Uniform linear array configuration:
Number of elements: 48
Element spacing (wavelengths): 1
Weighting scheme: cosine
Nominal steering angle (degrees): -30
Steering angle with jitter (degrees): -29.765
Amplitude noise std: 0.05
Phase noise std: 0.05

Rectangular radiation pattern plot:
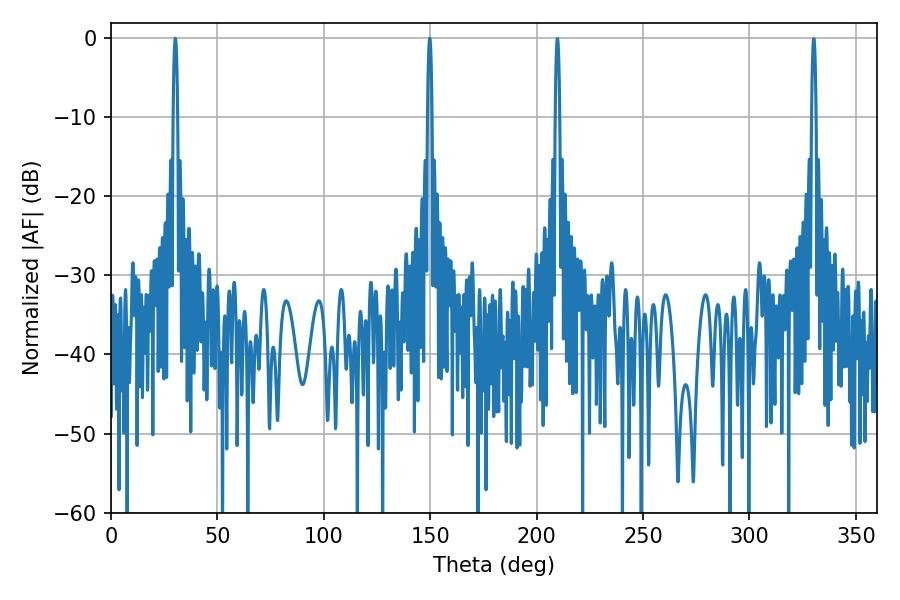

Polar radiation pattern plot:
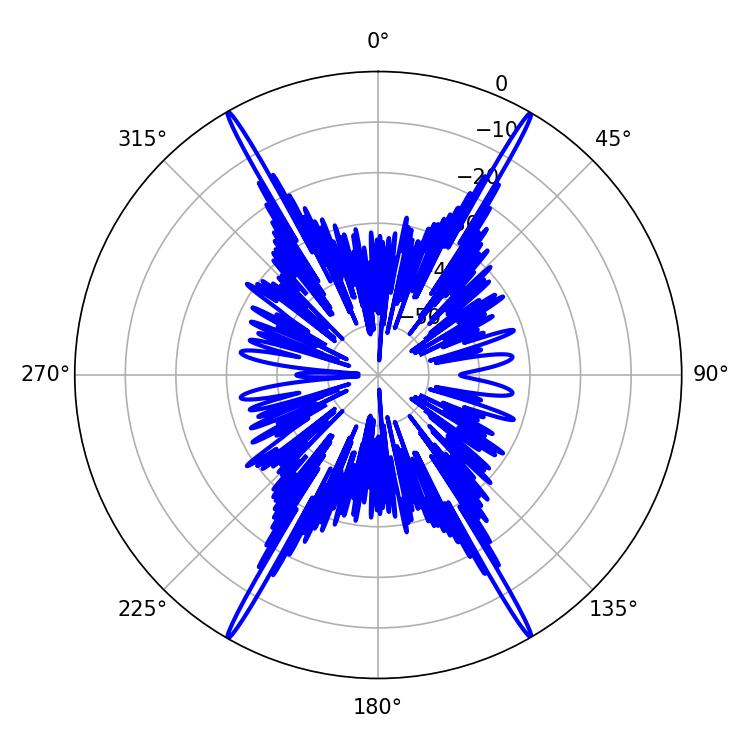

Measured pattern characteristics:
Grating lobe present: TRUE
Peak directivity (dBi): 37.092
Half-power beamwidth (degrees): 1.08
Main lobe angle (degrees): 30.24